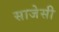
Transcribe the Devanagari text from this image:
साजेसी